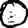
Digit: 0